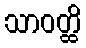
သာဝတ္ထိ